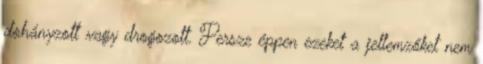
dohányzott vagy drogozott. Persze éppen ezeket a jellemzőket nem